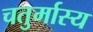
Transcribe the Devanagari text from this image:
चतुर्मास्य